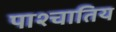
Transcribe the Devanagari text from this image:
पाश्चातिय